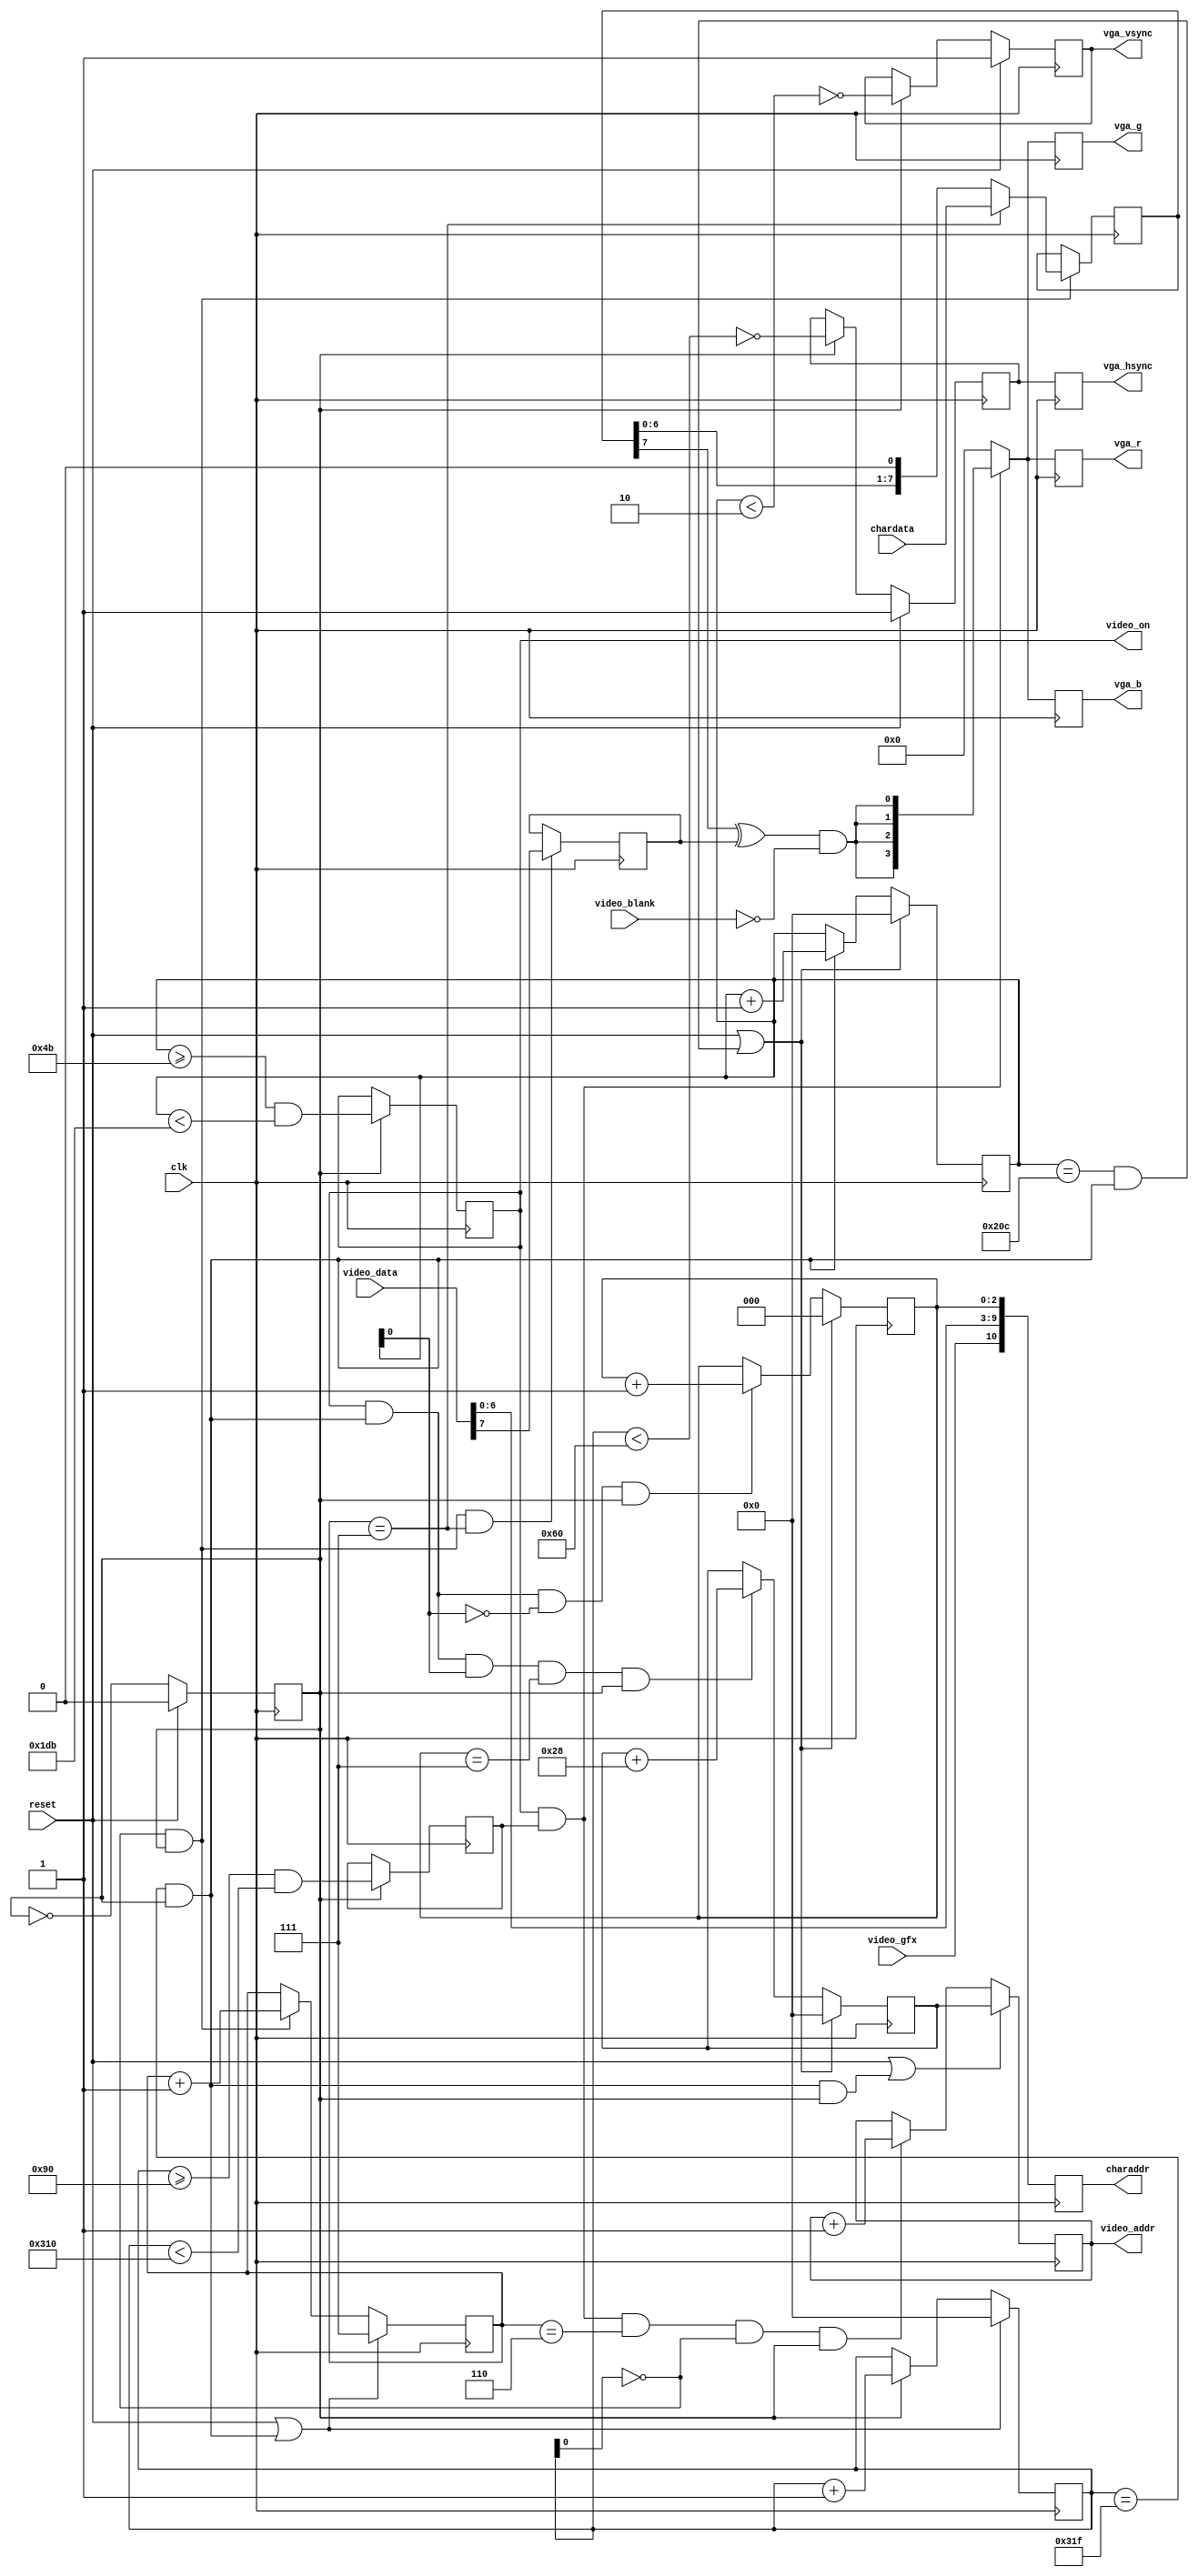
`timescale 1ns / 1ps
//////////////////////////////////////////////////////////////////////////
//
//
//
// Module Name: pet2001vga
//
// Description:   Implement Pet 2001 video on a 640x480 @ 60hz VGA screen.
//
/////////////////////////////////////////////////////////////////////////////
//////////////////////////////////////////////////////////////////////////////
//
// Copyright (C) 2011, 2020 Thomas Skibo.
//
// Redistribution and use in source and binary forms, with or without
// modification, are permitted provided that the following conditions are met:
// * Redistributions of source code must retain the above copyright
//   notice, this list of conditions and the following disclaimer.
// * Redistributions in binary form must reproduce the above copyright
//   notice, this list of conditions and the following disclaimer in the
//   documentation and/or other materials provided with the distribution.
// * The names of contributors may not be used to endorse or promote products
//   derived from this software without specific prior written permission.
//
// THIS SOFTWARE IS PROVIDED BY THE COPYRIGHT HOLDERS AND CONTRIBUTORS "AS IS"
// AND ANY EXPRESS OR IMPLIED WARRANTIES, INCLUDING, BUT NOT LIMITED TO, THE
// IMPLIED WARRANTIES OF MERCHANTABILITY AND FITNESS FOR A PARTICULAR PURPOSE
// ARE DISCLAIMED. IN NO EVENT SHALL Thomas Skibo OR CONTRIBUTORS BE LIABLE FOR
// ANY DIRECT, INDIRECT, INCIDENTAL, SPECIAL, EXEMPLARY, OR CONSEQUENTIAL
// DAMAGES (INCLUDING, BUT NOT LIMITED TO, PROCUREMENT OF SUBSTITUTE GOODS OR
// SERVICES; LOSS OF USE, DATA, OR PROFITS; OR BUSINESS INTERRUPTION) HOWEVER
// CAUSED AND ON ANY THEORY OF LIABILITY, WHETHER IN CONTRACT, STRICT
// LIABILITY, OR TORT (INCLUDING NEGLIGENCE OR OTHERWISE) ARISING IN ANY WAY
// OUT OF THE USE OF THIS SOFTWARE, EVEN IF ADVISED OF THE POSSIBILITY OF
// SUCH DAMAGE.
//
//////////////////////////////////////////////////////////////////////////////

module pet2001vga(output reg [3:0]  vga_r,      // VGA output
                  output reg [3:0]  vga_g,
                  output reg [3:0]  vga_b,
                  output reg        vga_hsync,
                  output reg        vga_vsync,

                  output reg [9:0]  video_addr, // Video RAM intf
                  input [7:0]       video_data,

                  output reg [10:0] charaddr,   // char rom intf
                  input [7:0]       chardata,

                  output            video_on,   // control sigs
                  input             video_blank,
                  input             video_gfx,

                  input             reset,
                  input             clk
               );

    ////////////////////////////// VGA counters //////////////////////////////
    //
    reg [9:0]   h_counter;
    reg [9:0]   v_counter;
    wire        next_line;
    wire        next_screen;
    reg         clk_div;

    // VGA 640x480 @ 60Hz
    localparam [9:0]
        H_ACTIVE =      10'd640,
        H_FRONT_PORCH = 10'd16,
        H_SYNC =        10'd96,
        H_BACK_PORCH =  10'd48,
        H_TOTAL = H_ACTIVE + H_FRONT_PORCH + H_SYNC + H_BACK_PORCH,
        V_ACTIVE =      10'd480,
        V_FRONT_PORCH = 10'd10,
        V_SYNC =        10'd2,
        V_BACK_PORCH =  10'd33,
        V_TOTAL = V_ACTIVE + V_FRONT_PORCH + V_SYNC + V_BACK_PORCH;

    // Divide clk by 2 to get 25Mhz pixel "clock"
    always @(posedge clk)
        if (reset)
            clk_div <= 1'b0;
        else
            clk_div <= ~clk_div;

    always @(posedge clk)
        if (reset || next_line)
            h_counter <= 10'd0;
        else if (clk_div)
            h_counter <= h_counter + 1'b1;

    assign next_line = (h_counter == H_TOTAL - 1'b1) && clk_div;


    always @(posedge clk)
        if (reset || next_screen)
            v_counter <= 10'd0;
        else if (next_line)
            v_counter <= v_counter + 1'b1;

    assign next_screen = (v_counter == V_TOTAL - 1'b1) && next_line;

    // Generate vsync and hsync signals.  hsync is delayed one clock so it
    // lines up correctly with the video data which is also registered.
    reg         vga_hsync_p;
    always @(posedge clk)
        if (reset)
            vga_hsync_p <= 1;
        else if (clk_div)
            vga_hsync_p <= !(h_counter < H_SYNC);

    always @(posedge clk)
        vga_hsync <= vga_hsync_p;

    always @(posedge clk)
        if (reset)
            vga_vsync <= 1;
        else if (clk_div)
            vga_vsync <= !(v_counter < V_SYNC);

    ////////// Pet 320x200 display in 640x480 VGA (pixels doubled) ////////
    //
    reg [2:0]   pixel_xbit;     // 0-7: video bit within byte
    reg [2:0]   pixel_ybit;     // 0-7: row within char
    reg         is_pet_row;     // is a row in pet video region
    reg         is_pet_col;     // is a column in pet video region
    wire        pet_active = is_pet_row && is_pet_col;

    // "window" within display
    localparam [9:0]
        PET_WINDOW_TOP =    V_SYNC + V_BACK_PORCH + 10'd40,
        PET_WINDOW_LEFT =   H_SYNC + H_BACK_PORCH,
        PET_WINDOW_BOTTOM = PET_WINDOW_TOP + 10'd400,
        PET_WINDOW_RIGHT =  PET_WINDOW_LEFT + 10'd640;

    always @(posedge clk)
        if (clk_div) begin
            is_pet_row <= (v_counter >= PET_WINDOW_TOP &&
                           v_counter < PET_WINDOW_BOTTOM);
            is_pet_col <= (h_counter >= PET_WINDOW_LEFT &&
                           h_counter < PET_WINDOW_RIGHT);
        end

    always @(posedge clk)
        if (reset || next_screen)
            pixel_ybit <= 3'd0;
        else if (is_pet_row && next_line && !v_counter[0] && clk_div)
            pixel_ybit <= pixel_ybit + 1'b1;

    always @(posedge clk)
        if (reset || next_line)
            pixel_xbit <= 3'd7;
        else if (!h_counter[0] && clk_div)
            pixel_xbit <= pixel_xbit + 1'b1;

    // This signal is used to generate 60hz interrupts and was used on
    // original PET to avoid "snow" on the display by preventing simultaneous
    // reads and writes to video RAM.
    assign video_on = is_pet_row;

    /////////////////////// Video RAM address generator ////////////////////
    //

    // Keeps the video address of the leftmost character in current row.
    reg [9:0]   video_row_addr;
    always @(posedge clk)
    if (reset || next_screen)
        video_row_addr <= 10'd0;
    else if (is_pet_row && next_line && v_counter[0] &&
             pixel_ybit == 3'b111 && clk_div)
        video_row_addr <= video_row_addr + 6'd40;

    // Keeps the video address of the current character.  Scans through
    // each row 8 times before video_row_addr is incremented.
    always @(posedge clk)
        if (reset || (next_line && clk_div))
            video_addr <= video_row_addr;
        else if (pet_active && pixel_xbit == 3'd6 && !h_counter[0] && clk_div)
            video_addr <= video_addr + 1'b1;

    // Generate an address into the character ROM.
    always @(posedge clk)
        charaddr <= {video_gfx, video_data[6:0], pixel_ybit[2:0]};

    // Shift register is loaded with character ROM data and spit out to screen.
    reg [7:0]   chardata_r;
    always @(posedge clk)
        if (clk_div && !h_counter[0]) begin
            if (pixel_xbit == 3'd7)
                chardata_r <= chardata;
            else
                chardata_r <= {chardata_r[6:0], 1'b0};
        end

    // Is current character reverse video?
    reg char_invert;
    always @(posedge clk)
        if (clk_div && !h_counter[0] && pixel_xbit == 3'd7)
            char_invert <= video_data[7];

    //////////////////////////////// Video Logic ////////////////////////////
    //
    wire pixel = (chardata_r[7] ^ char_invert) & ~video_blank;
    wire [3:0] petvideo = {4{pixel}};

    always @(posedge clk) begin
        vga_r <= pet_active ? petvideo : 4'b0000;
        vga_g <= pet_active ? petvideo : 4'b0000;
        vga_b <= pet_active ? petvideo : 4'b0000;
    end

endmodule // pet2001vga